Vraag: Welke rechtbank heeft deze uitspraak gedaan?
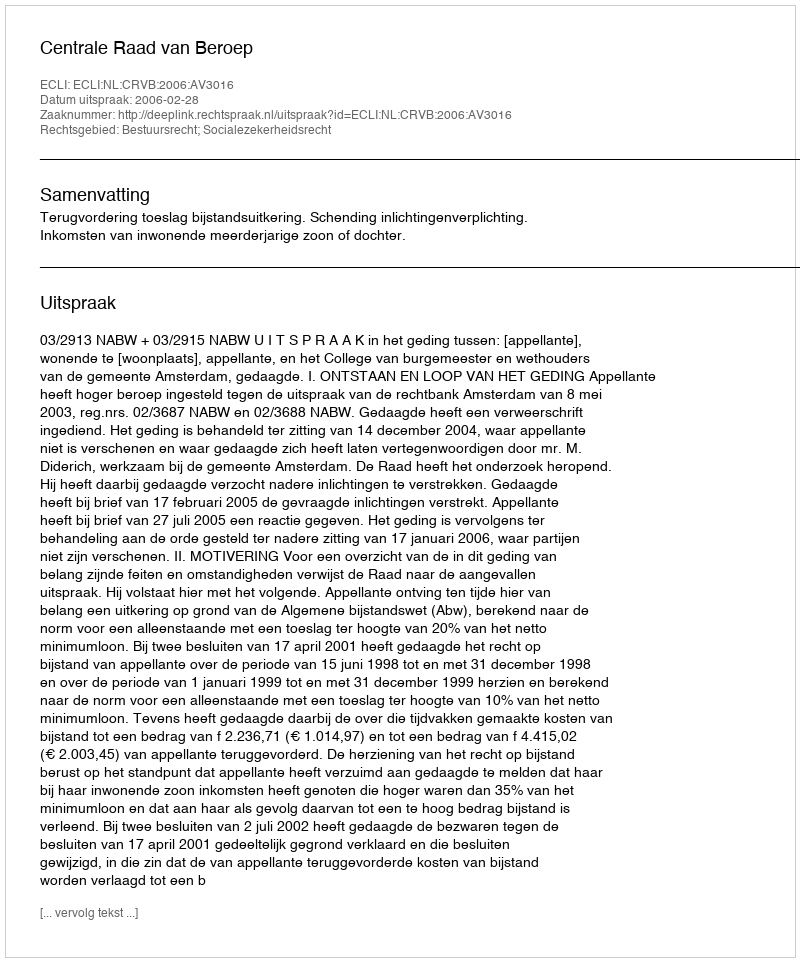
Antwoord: Centrale Raad van Beroep